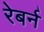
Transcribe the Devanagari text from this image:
रेबर्न